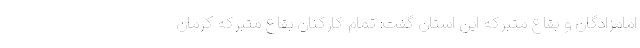
امامزادگان و بقاع متبرکه این استان گفت: تمام کارکنان بقاع متبرکه کرمان